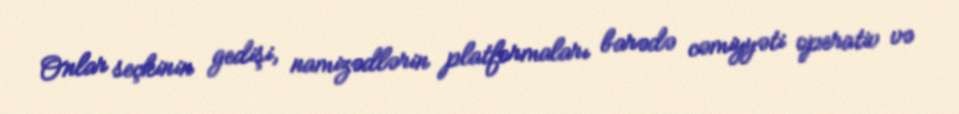
Onlar seçkinin gedişi, namizədlərin platformaları barədə cəmiyyəti operativ və